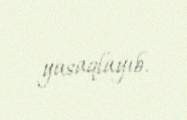
yasaqlayıb.